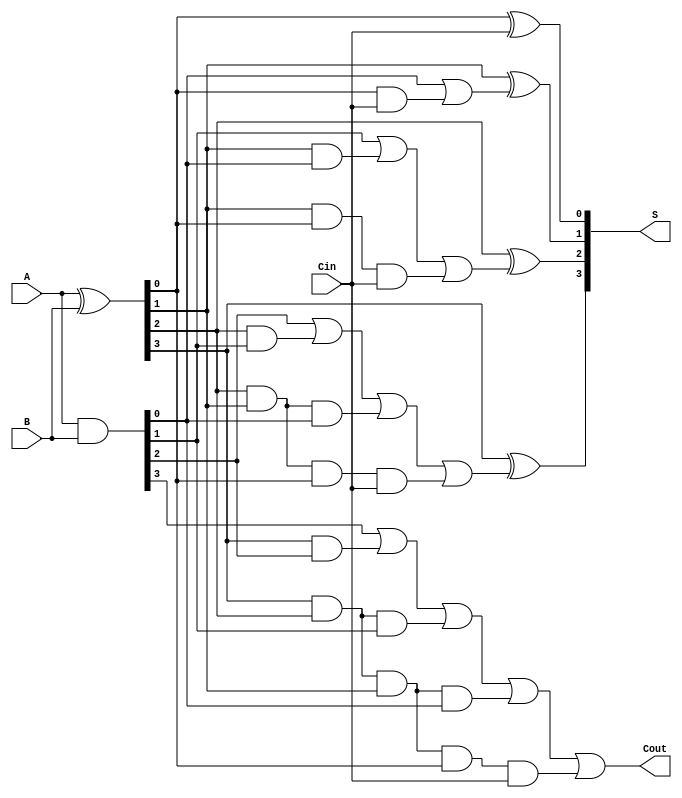
module ParallelPrefixAdder (
    input [3:0] A,       // 4-bit input A
    input [3:0] B,       // 4-bit input B
    input Cin,           // Carry-in
    output [3:0] S,      // 4-bit Sum output
    output Cout          // Carry-out
);

    wire [3:0] G;        // Generate signals
    wire [3:0] P;        // Propagate signals
    wire [4:0] C;        // Carry signals

    // Generate and Propagate signals
    assign G = A & B;       // Generate: G[i] = A[i] & B[i]
    assign P = A ^ B;       // Propagate: P[i] = A[i] ^ B[i]

    // Carry signals computation using Kogge-Stone approach
    assign C[0] = Cin;                     // Carry-in
    assign C[1] = G[0] | (P[0] & C[0]);    // C[1] = G[0] + (P[0] * C[0])
    assign C[2] = G[1] | (P[1] & G[0]) | (P[1] & P[0] & C[0]); // C[2]
    assign C[3] = G[2] | (P[2] & G[1]) | (P[2] & P[1] & G[0]) | (P[2] & P[1] & P[0] & C[0]); // C[3]
    assign C[4] = G[3] | (P[3] & G[2]) | (P[3] & P[2] & G[1]) | (P[3] & P[2] & P[1] & G[0]) | (P[3] & P[2] & P[1] & P[0] & C[0]); // C[4]

    // Sum output calculation
    assign S[0] = P[0] ^ C[0]; // S[0]
    assign S[1] = P[1] ^ C[1]; // S[1]
    assign S[2] = P[2] ^ C[2]; // S[2]
    assign S[3] = P[3] ^ C[3]; // S[3]

    // Final Carry-out
    assign Cout = C[4];

endmodule